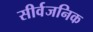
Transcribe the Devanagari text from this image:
सीर्वजनिक